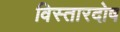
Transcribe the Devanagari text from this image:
विस्तारदोष